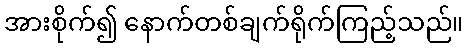
အားစိုက်၍ နောက်တစ်ချက်ရိုက်ကြည့်သည်။